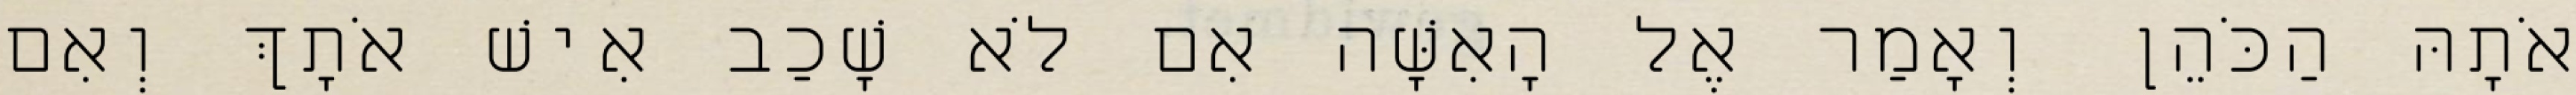
אֹתָהּ הַכֹּהֵן וְאָמַר אֶל הָאִשָּׁה אִם לֹא שָׁכַב אִישׁ אֹתָךְ וְאִם